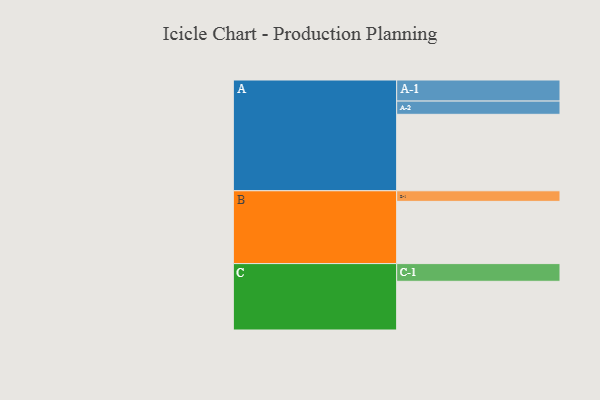
{"axis": {"x": "Segment", "y": "Value"}, "legend": ["", "A", "B", "C"], "data": [{"x": "A", "y": 548, "type": ""}, {"x": "B", "y": 446, "type": ""}, {"x": "C", "y": 349, "type": ""}, {"x": "A-1", "y": 151, "type": "A"}, {"x": "A-2", "y": 95, "type": "A"}, {"x": "B-1", "y": 76, "type": "B"}, {"x": "C-1", "y": 127, "type": "C"}]}